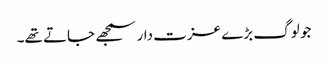
جو لوگ بڑے عزت دار سمجھے جاتے تھے۔